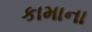
કામાના